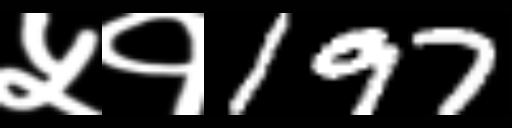
Text: ५१197